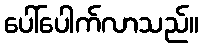
ပေါ်ပေါက်လာသည်။